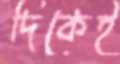
দিকেই